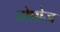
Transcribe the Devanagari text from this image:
टोपोज